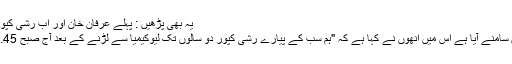
یہ بھی پڑھیں : پہلے عرفان خان اور اب رشی کپور، 24 گھنٹے میں بالی ووڈ کے 2 ستارے غروب
میڈیا ذرائع میں رشی کپور کے اہل خانہ کا جو بیان سامنے آیا ہے اس میں انھوں نے کہا ہے کہ "ہم سب کے پیارے رشی کپور دو سالوں تک لیوکیمیا سے لڑنے کے بعد آج صبح 8.45 بجے اسپتال میں ہم سب کو چھوڑ کر چلے گئے۔